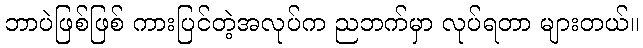
ဘာပဲဖြစ်ဖြစ် ကားပြင်တဲ့အလုပ်က ညဘက်မှာ လုပ်ရတာ များတယ်။